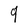
Character: 9